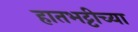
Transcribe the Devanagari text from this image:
हातभट्टीच्या